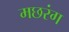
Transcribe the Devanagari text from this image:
मछरंग